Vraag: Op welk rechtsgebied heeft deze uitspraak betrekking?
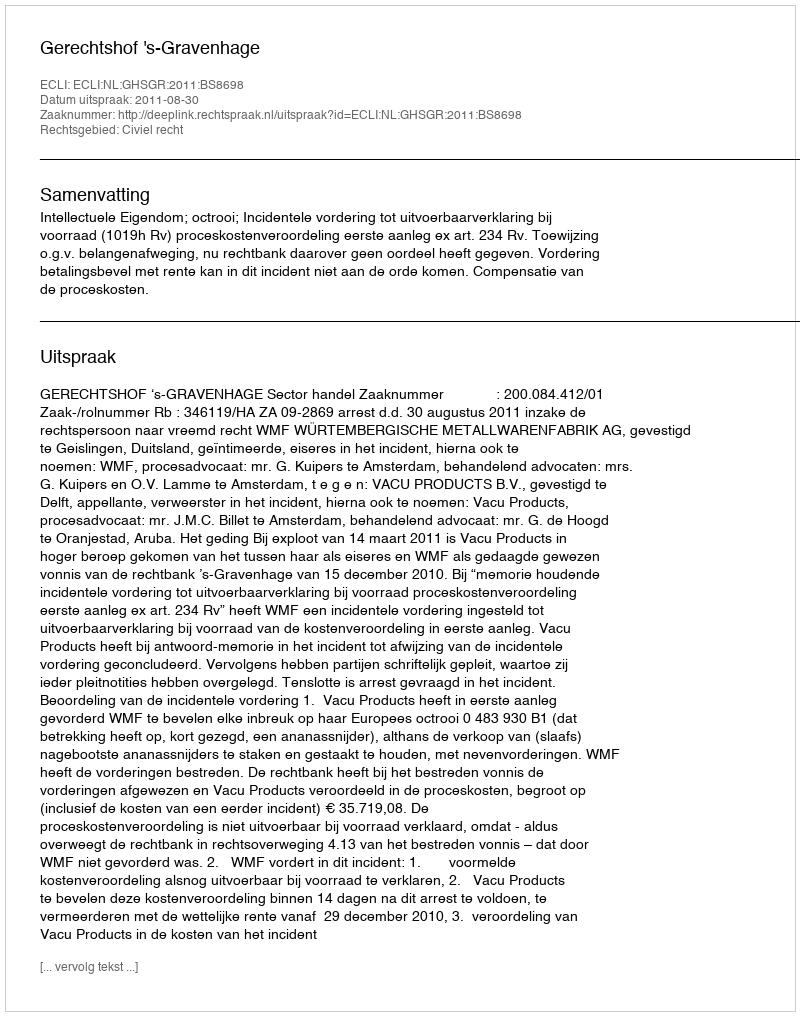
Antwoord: Civiel recht